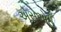
એસએઈ